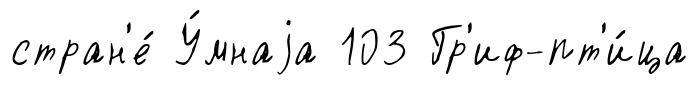
стран'е́ У́мнаjа 103 Гр'иф-пт'и́ца